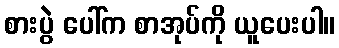
စားပွဲ ပေါ်က စာအုပ်ကို ယူပေးပါ။